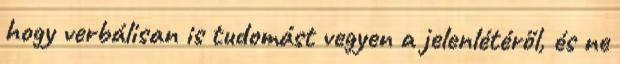
hogy verbálisan is tudomást vegyen a jelenlétéről, és ne